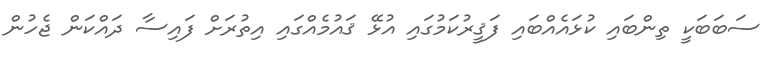
ސަބަބަކީ ތިންބައި ކުޅައެއްބައި ފަޤީރުކަމުގައި އުޅޭ ޤައުމެއްގައި އިތުރަށް ފައިސާ ދައްކަން ޖެހުން